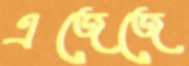
এজেজে